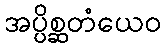
အပ္ပိစ္ဆတံယေဝ